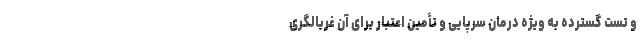
و تست گسترده به ویژه درمان سرپایی و تأمین اعتبار برای آن غربالگری